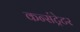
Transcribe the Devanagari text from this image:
कन्संट्रेटर